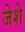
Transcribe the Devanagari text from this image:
जेशे